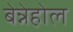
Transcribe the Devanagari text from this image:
बेन्नेहोल